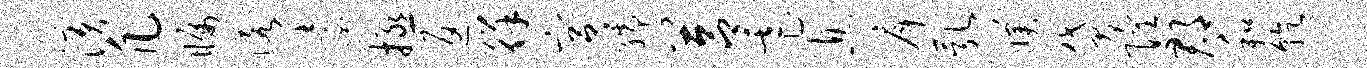
演凡瞩诺迨拯返徉宫孺莒虐息戽乳濮贷隍郡和乾